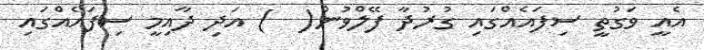
އެއީ ވަގުތީ ސިފައެއްގައި ގުރުދާ ފޭލްވުން(  ) އަދި ދާއިމީ ސިފައެއްގައި